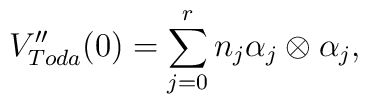
V^{\prime\prime}_{Toda}(0)=\sum_{j=0}^rn_j\alpha_j\otimes\alpha_j,